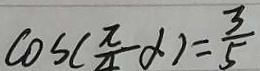
\cos ( \frac { \pi } { 4 } - \alpha ) = \frac { 3 } { 5 }